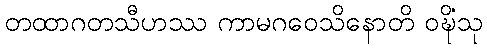
တထာဂတသီဟဿ ကာမဂဝေသိနောတိ ဝဍ္ဎိံသု